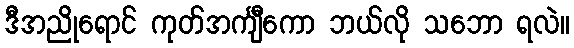
ဒီအညိုရောင် ကုတ်အင်္ကျီကော ဘယ်လို သဘော ရလဲ။